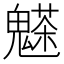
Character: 𩴊